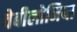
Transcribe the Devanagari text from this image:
वेबीलोनिया